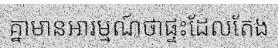
គ្នាមានអារម្មណ៍ថាផ្ទះដែលតែង